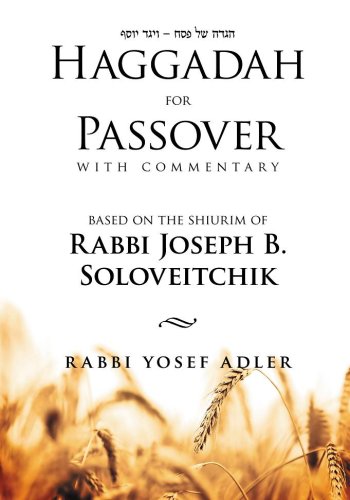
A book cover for Haggadah for Passover With Commentary Based on the Shiurim of Rabbi Joseph B. Soloveitchik; Yosef Adler; Religion & Spirituality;